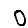
Digit: 0